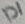
Text: D1